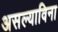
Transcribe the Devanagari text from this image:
असल्याविना